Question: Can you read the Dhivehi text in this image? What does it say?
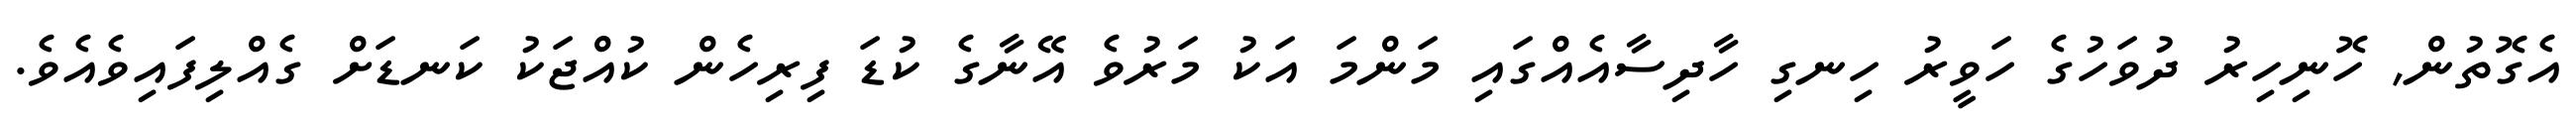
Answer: އެގޮތުން, ހޮނިހިރު ދުވަހުގެ ހަވީރު ހިނގި ހާދިސާއެއްގައި މަންމަ އަކު މަރުވެ އޭނާގެ ކުޑަ ފިރިހެން ކުއްޖަކު ކަނޑަށް ގެއްލިފައިވެއެވެ.